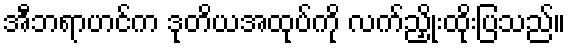
အီဘရာဟင်က ဒုတိယအထုပ်ကို လက်ညှိုးထိုးပြသည်။